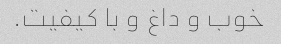
خوب و داغ و با کیفیت.